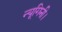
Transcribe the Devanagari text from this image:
न्यूगिनी।